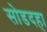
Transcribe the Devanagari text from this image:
सोडदहा